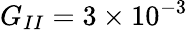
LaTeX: G_{II}=3\times 10^{-3}